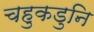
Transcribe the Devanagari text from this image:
चहुकडुनि